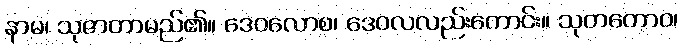
နာမ၊ သုဇာတာမည်၏။ ဒေဝလောစ၊ ဒေဝလလည်းကောင်း။ သုတတောဝ၊